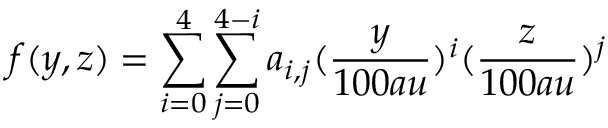
f ( y , z ) = \sum _ { i = 0 } ^ { 4 } \sum _ { j = 0 } ^ { 4 - i } a _ { i , j } ( \frac { y } { 1 0 0 a u } ) ^ { i } ( \frac { z } { 1 0 0 a u } ) ^ { j }